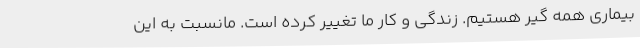
بیماری همه گیر هستیم. زندگی و کار ما تغییر کرده است. مانسبت به این